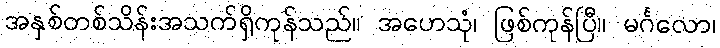
အနှစ်တစ်သိန်းအသက်ရှိကုန်သည်။ အဟေသုံ၊ ဖြစ်ကုန်ပြီ။ မင်္ဂလော၊